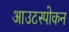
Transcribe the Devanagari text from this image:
आउटस्पोकन